Riigikantselei, lk 378
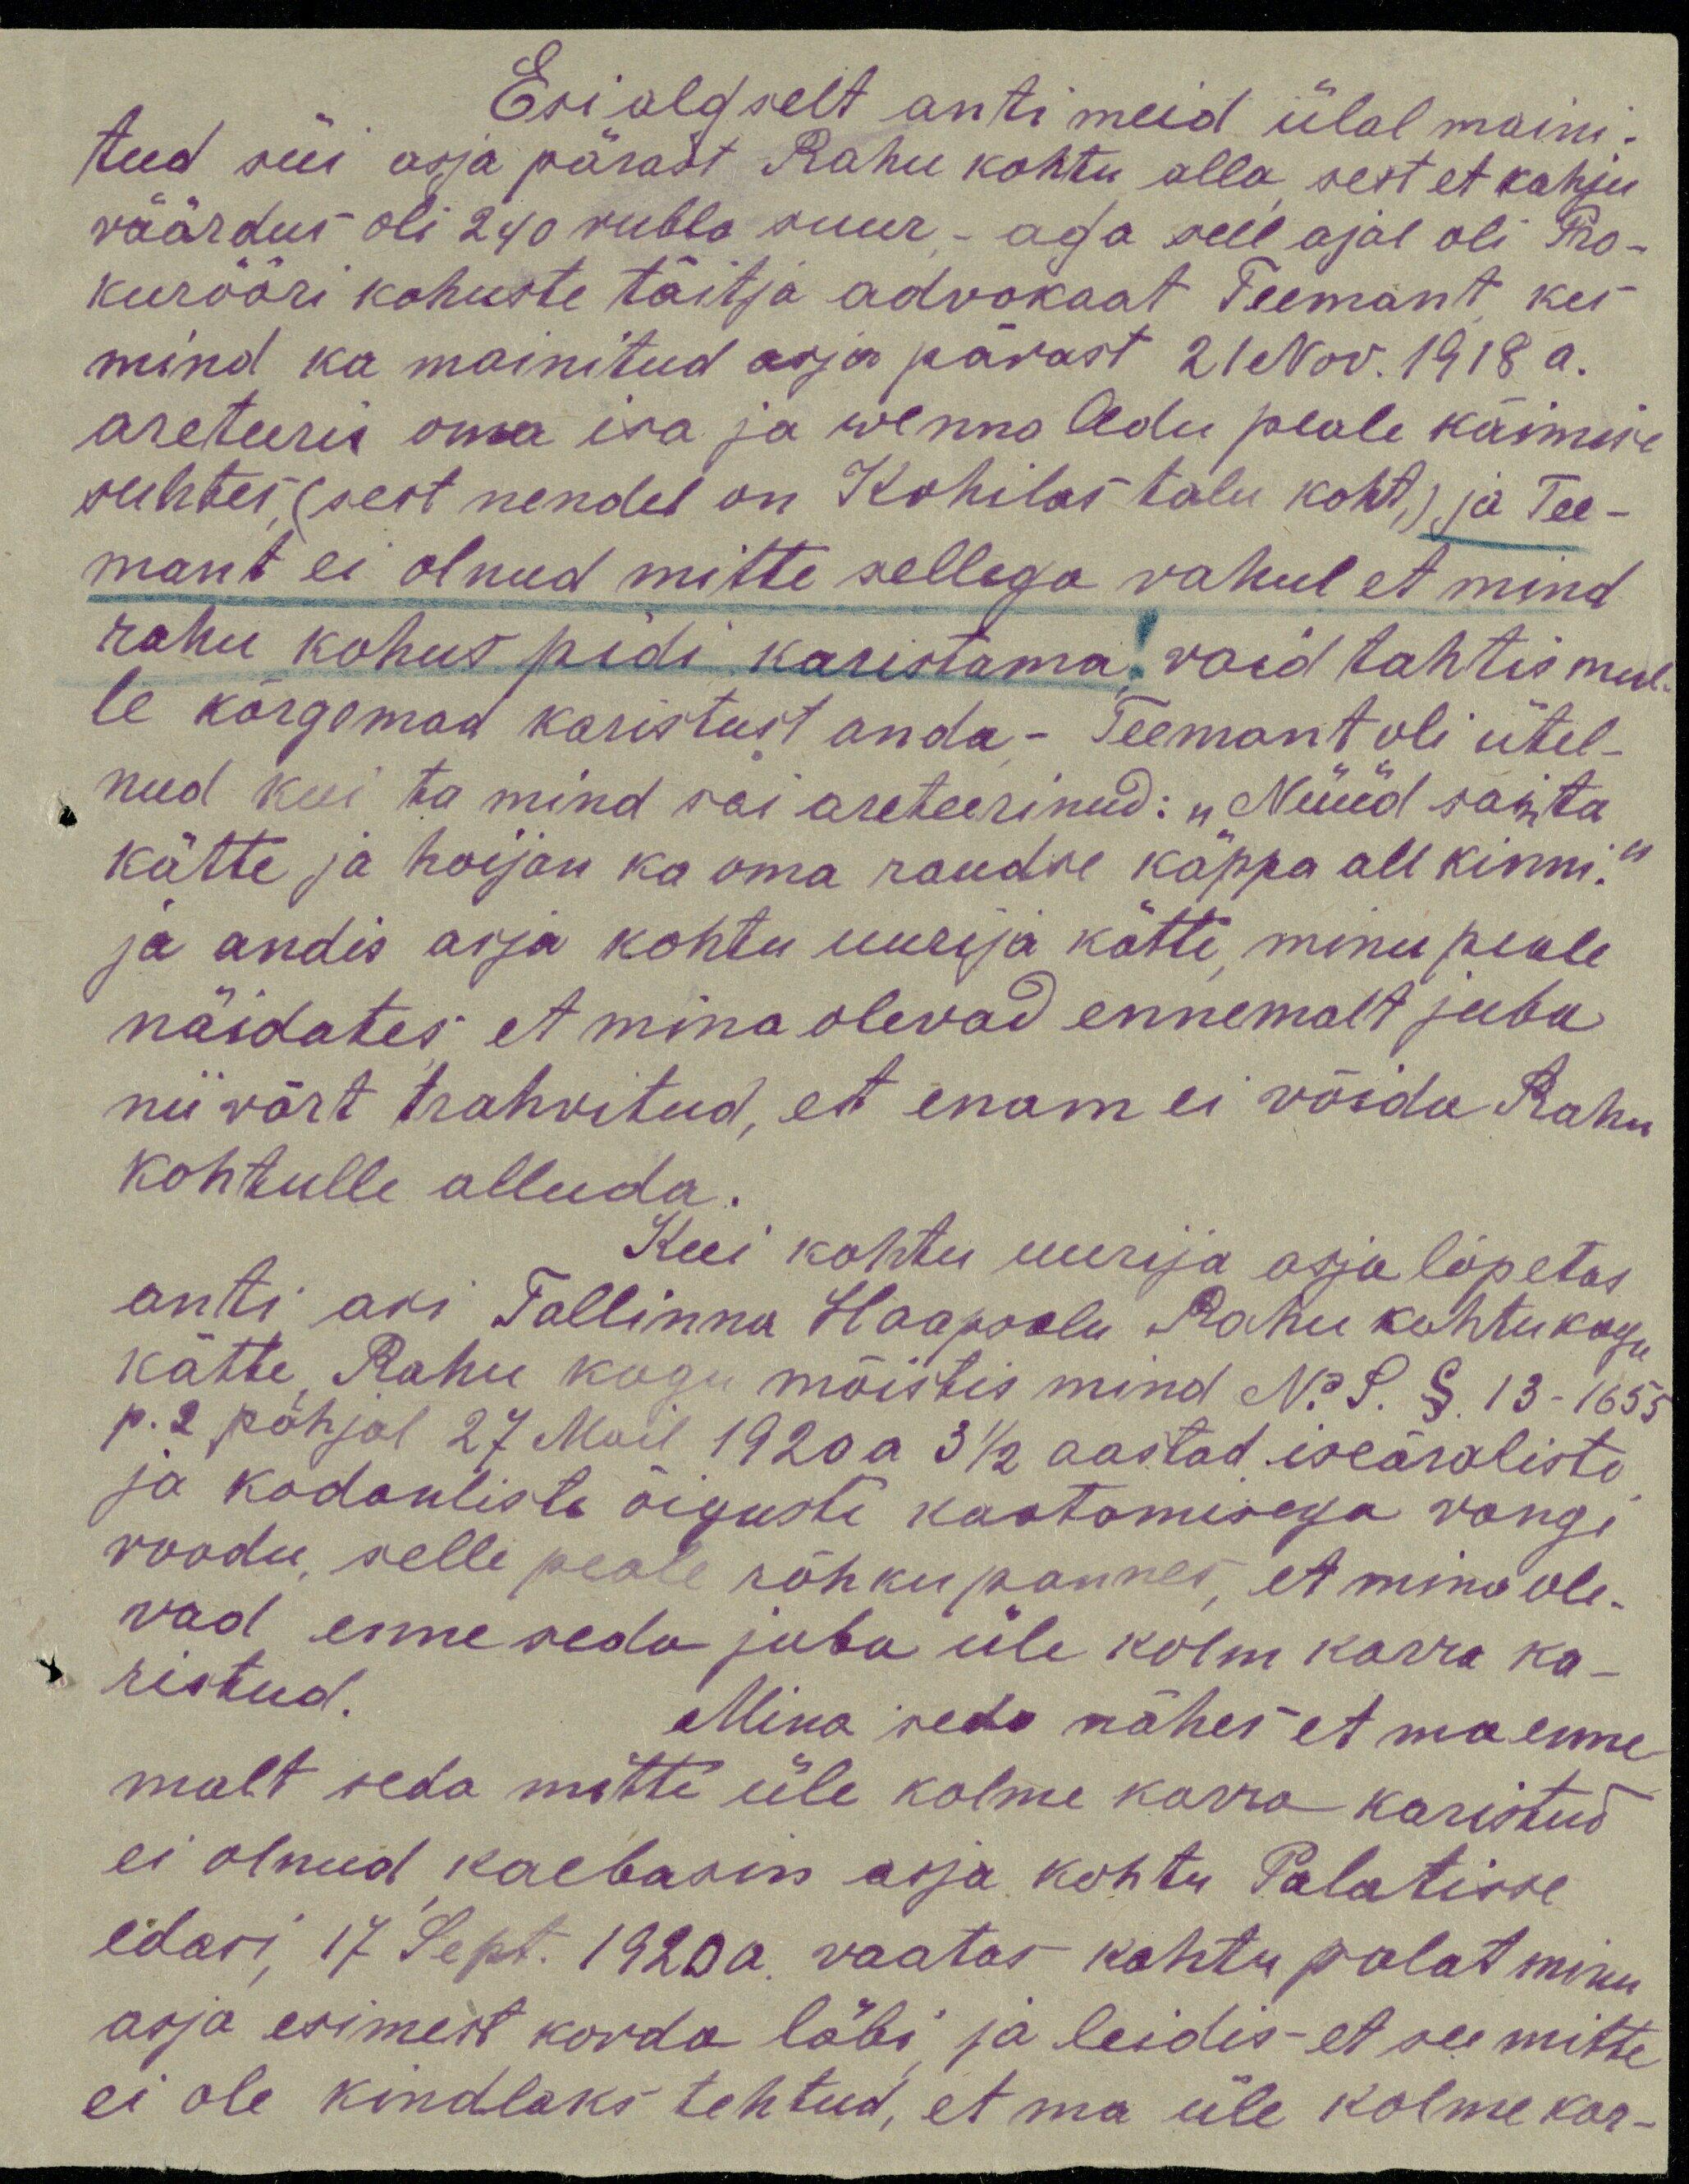
Esialgselt anti meid ülal maini-
tud süi asja pärast Rahu kohtu alla sest et kahju
väärdus oli 240 rubla suur – aga sell ajal oli Pro-
kurööri kohuste täitja advokaat Teemant, kes
mind ka mainitud asja pärast 21 Nov. 1918 a.
areteeris oma isa ja wenna Adu peale käimise
suhtes (sest nendel on Kohilas talu koht,) ja Tee-
mant ei olnud mitte sellega rahul et mind
rahu kohus pidi karistama, vaid tahtis mul-
le kõrgemad karistust anda – Teemant oli ütel-
nud kui ta mind sai areteerinud: "Nüüd sain ta
kätte ja hoijan ka oma raudse käppa all kinni."
ja andis asja kohtu uurija kätti, minu peale
näidates, et mina olevad ennemalt juba
nii võrt trahvitud, et enam ei võida Rahu
kohtulle alluda.
Kui kohtu uurija asja lõpetas
anti asi Tallinna Haapsalu Rahu kohtukogu
kätte Rahu kogu mõistis mind No. S. § 13-1655
p. 2 põhjal 27 Mail 1920 a 3 1/2 aastad iseäraliste
ja kodanliste õiguste kaotamisega vangi
roodu, selle peale rõhkupannes, et minu ole-
vad enne seda juba üle kolm korra ka-
ristud.
Mina seda nähes et ma enne-
malt seda mitte üle kolme korra karistud,
ei olnud kaebasin asja kohtu Palatisse.
edasi 17 Sept. 1920a. vaatas kohtu palat minu
asja esimest korda läbi ja leidis - et see mitte
ei ole kindlaks tehtud, et ma üle kolme kar-